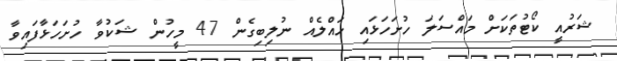
ޝަރުއީ ކޯޓުތަކަށް މައްސަލަ ހުށަހަޅައި ހައްލެއް ނުލިބިގެން 47 މީހުން ޝަކުވާ ހުށަހަޅާފައިވާ